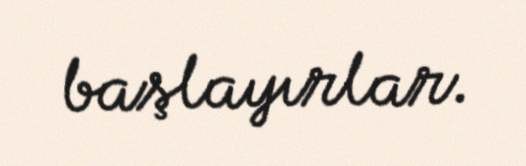
başlayırlar.